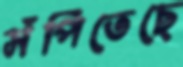
সঁপিতেছে